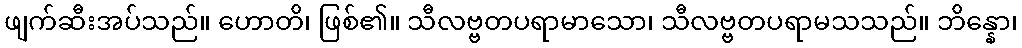
ဖျက်ဆီးအပ်သည်။ ဟောတိ၊ ဖြစ်၏။ သီလဗ္ဗတပရာမာသော၊ သီလဗ္ဗတပရာမသသည်။ ဘိန္နော၊